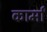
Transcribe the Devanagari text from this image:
कार्मां